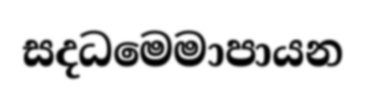
සදධමෙමාපායන